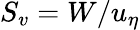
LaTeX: S_{v}=W/u_{\eta}